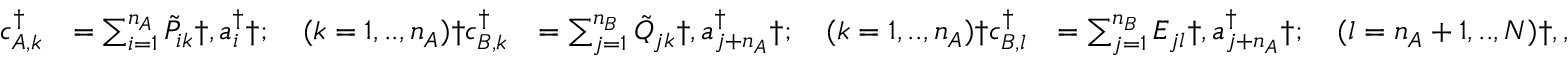
\begin{array} { r l r l } { c _ { A , k } ^ { \dagger } } & { = \sum _ { i = 1 } ^ { n _ { A } } \tilde { P } _ { i k } \dag , a _ { i } ^ { \dagger } \dag ; \quad ( k = 1 , . . , n _ { A } ) \dag c _ { B , k } ^ { \dagger } } & { = \sum _ { j = 1 } ^ { n _ { B } } \tilde { Q } _ { j k } \dag , a _ { j + n _ { A } } ^ { \dagger } \dag ; \quad ( k = 1 , . . , n _ { A } ) \dag c _ { B , l } ^ { \dagger } } & { = \sum _ { j = 1 } ^ { n _ { B } } E _ { j l } \dag , a _ { j + n _ { A } } ^ { \dagger } \dag ; \quad ( l = n _ { A } + 1 , . . , N ) \dag , , } \end{array}